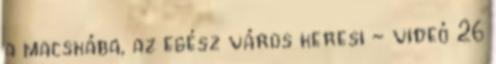
a macskába, az egész város keresi - videó 26